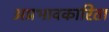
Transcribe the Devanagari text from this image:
अप्रभावकारिता